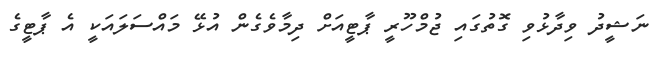
ނަޝީދު ވިދާޅުވި ގޮތުގައި ޖުމްހޫރީ ޕާޓީއަށް ދިމާވެގެން އުޅޭ މައްސަލައަކީ އެ ޕާޓީގެ